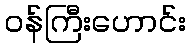
ဝန်ကြီးဟောင်း